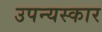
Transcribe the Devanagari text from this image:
उपन्यस्कार